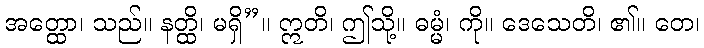
အတ္ထော၊ သည်။ နတ္ထိ၊ မရှိ”။ ဣတိ၊ ဤသို့။ ဓမ္မံ၊ ကို။ ဒေသေတိ၊ ၏။ တေ၊